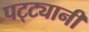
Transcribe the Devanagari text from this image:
पट्ट्यानी